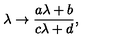
\lambda \rightarrow { \frac { a \lambda + b } { c \lambda + d } } ,